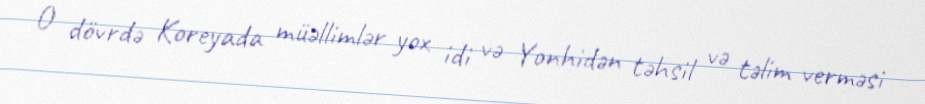
O dövrdə Koreyada müəllimlər yox idi və Yonhidən təhsil və təlim verməsi